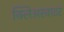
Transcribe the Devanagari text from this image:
क्लिअरवाटर